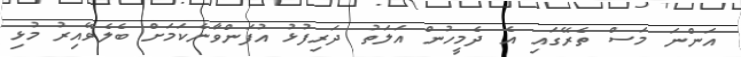
އަންނަ މަސް ތެރޭގައި އެ ދެމީހުން އަލަތު ދަރިފުޅު އުފަންވާނެކަމަށް ބެލެވޭއިރު މުޅި